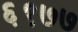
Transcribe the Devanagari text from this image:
६९७७